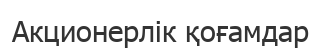
Акционерлік қоғамдар